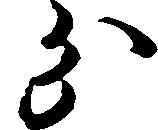
分